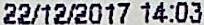
22/12/2017 14:03